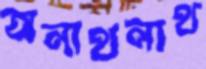
অনাথনাথ